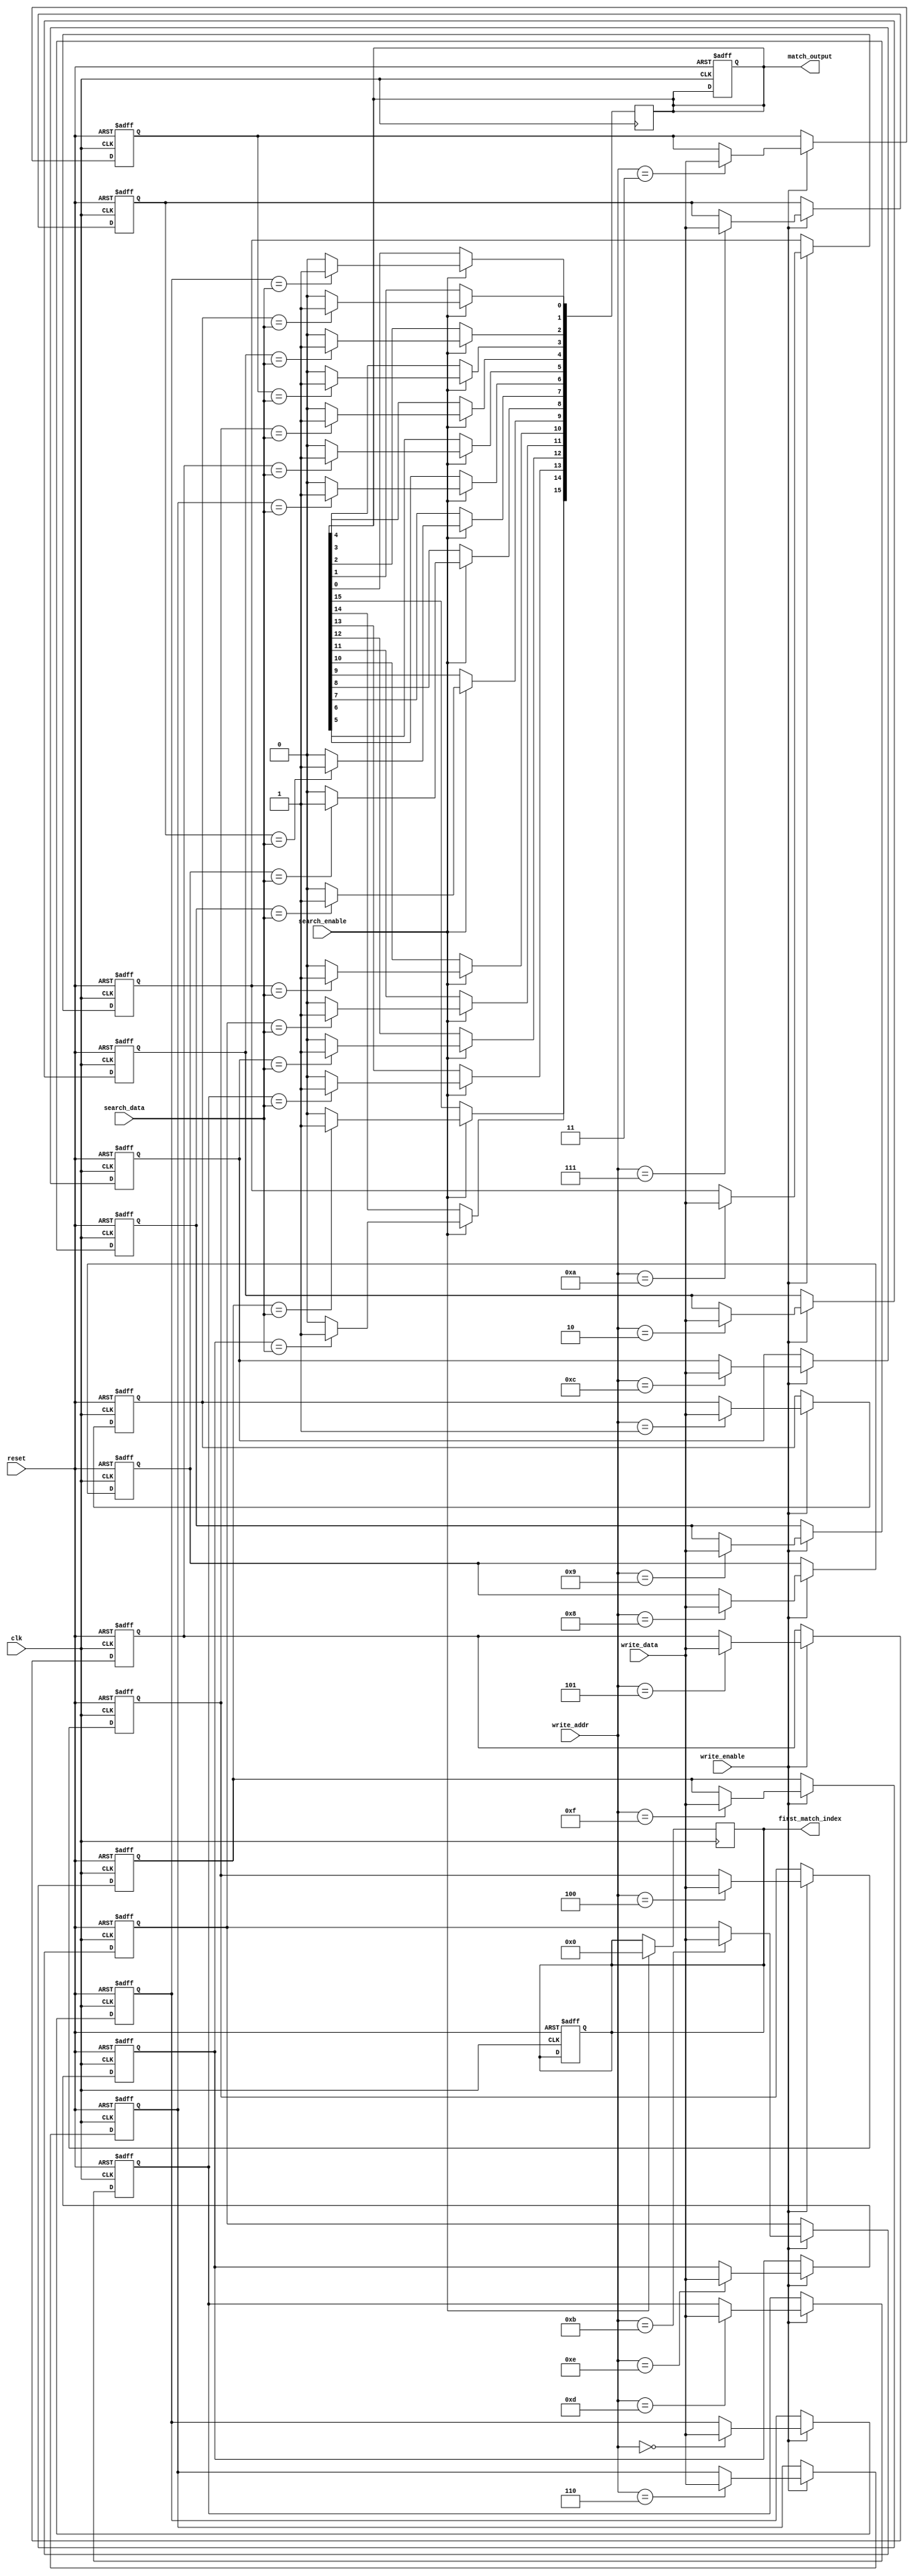
module row_based_cam #(
    parameter DATA_WIDTH = 32,            // Width of each entry
    parameter NUM_ENTRIES = 16,           // Number of CAM entries
    parameter ADDR_WIDTH = $clog2(NUM_ENTRIES) // Address width (log2(NUM_ENTRIES))
)
(
    input wire clk,                         // Clock signal
    input wire reset,                       // Reset signal
    input wire search_enable,               // Search enable signal
    input wire write_enable,                // Write enable signal
    input wire [ADDR_WIDTH-1:0] write_addr,// Address to write data
    input wire [DATA_WIDTH-1:0] write_data,// Data to write
    input wire [DATA_WIDTH-1:0] search_data,// Data to search for
    output reg [NUM_ENTRIES-1:0] match_output, // Match output signals
    output reg [$clog2(NUM_ENTRIES)-1:0] first_match_index // First match index
);

    // Memory array to store data
    reg [DATA_WIDTH-1:0] cam_memory [0:NUM_ENTRIES-1];

    // Match output and first match logic
    integer i;
    
    // Reset and write operation
    always @(posedge clk or posedge reset) begin
        if (reset) begin
            // Clear all entries on reset
            for (i = 0; i < NUM_ENTRIES; i = i + 1) begin
                cam_memory[i] <= {DATA_WIDTH{1'b0}};
            end
            match_output <= {NUM_ENTRIES{1'b0}};
            first_match_index <= 0;
        end else if (write_enable) begin
            // Write new data into the specified row
            cam_memory[write_addr] <= write_data;
        end
    end

    // Search operation
    always @(posedge clk) begin
        if (search_enable) begin
            match_output <= {NUM_ENTRIES{1'b0}}; // Clear previous match outputs
            first_match_index <= NUM_ENTRIES;   // Default first match index (no match)
            
            // Compare search data with all stored entries
            for (i = 0; i < NUM_ENTRIES; i = i + 1) begin
                if (cam_memory[i] == search_data) begin
                    match_output[i] <= 1'b1; // Set the match signal for the matching entry
                    if (first_match_index == NUM_ENTRIES) begin
                        first_match_index <= i; // Capture the first match index
                    end
                end
            end
        end
    end

endmodule